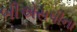
બીએસપીના